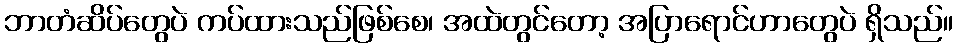
ဘာတံဆိပ်တွေပဲ ကပ်ထားသည်ဖြစ်စေ၊ အထဲတွင်တော့ အပြာရောင်ဟာတွေပဲ ရှိသည်။